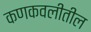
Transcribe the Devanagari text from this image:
कणकवलीतील